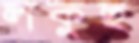
লকুছ